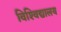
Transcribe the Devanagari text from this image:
विश्‍विद्यालय